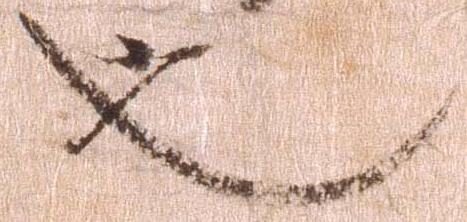
也